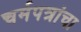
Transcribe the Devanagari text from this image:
चर्मपत्रांचा